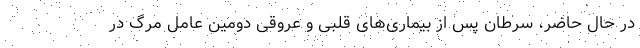
در حال حاضر، سرطان پس از بیماری‌های قلبی و عروقی دومین عامل مرگ در